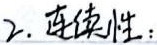
2. 连续性：